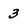
Character: 3